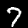
Label: 7